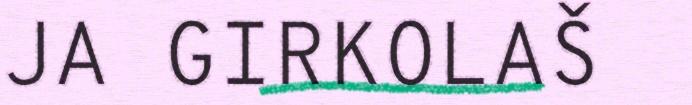
JA GIRKOLAŠ